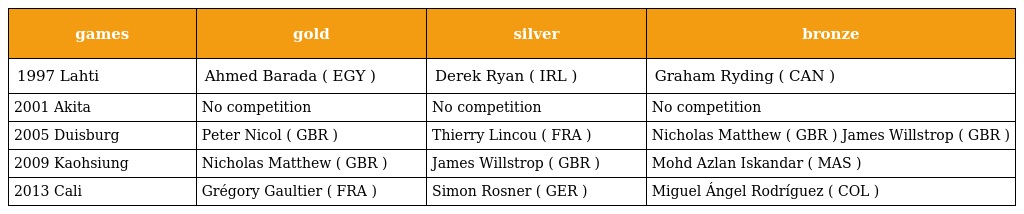
| games | gold | silver | bronze |
 | --- | --- | --- | --- |
 | 1997 Lahti | Ahmed Barada ( EGY ) | Derek Ryan ( IRL ) | Graham Ryding ( CAN ) |
 | 2001 Akita | No competition | No competition | No competition |
 | 2005 Duisburg | Peter Nicol ( GBR ) | Thierry Lincou ( FRA ) | Nicholas Matthew ( GBR ) James Willstrop ( GBR ) |
 | 2009 Kaohsiung | Nicholas Matthew ( GBR ) | James Willstrop ( GBR ) | Mohd Azlan Iskandar ( MAS ) |
 | 2013 Cali | Grégory Gaultier ( FRA ) | Simon Rosner ( GER ) | Miguel Ángel Rodríguez ( COL ) |